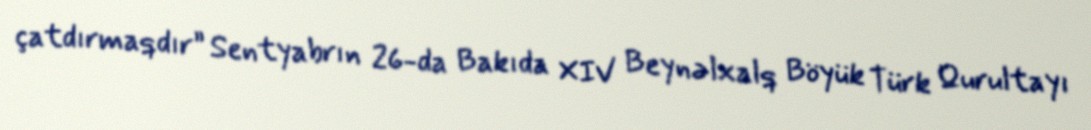
çatdırmaqdır” Sentyabrın 26-da Bakıda XIV Beynəlxalq Böyük Türk Qurultayı